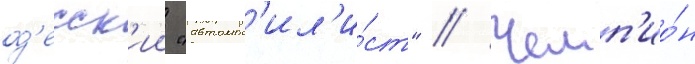
од'есск'ии "автомоб'ил'и́ст" // Чемп'ио́н